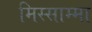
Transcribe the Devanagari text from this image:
मिस्साम्मा